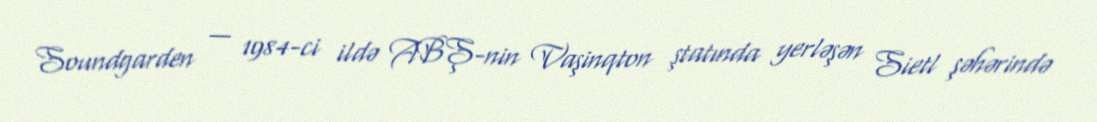
Soundgarden — 1984-ci ildə ABŞ-nin Vaşinqton ştatında yerləşən Sietl şəhərində